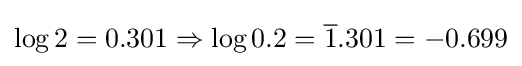
\log 2=0.301\Rightarrow \log 0.2={\overline {1}}.301=-0.699